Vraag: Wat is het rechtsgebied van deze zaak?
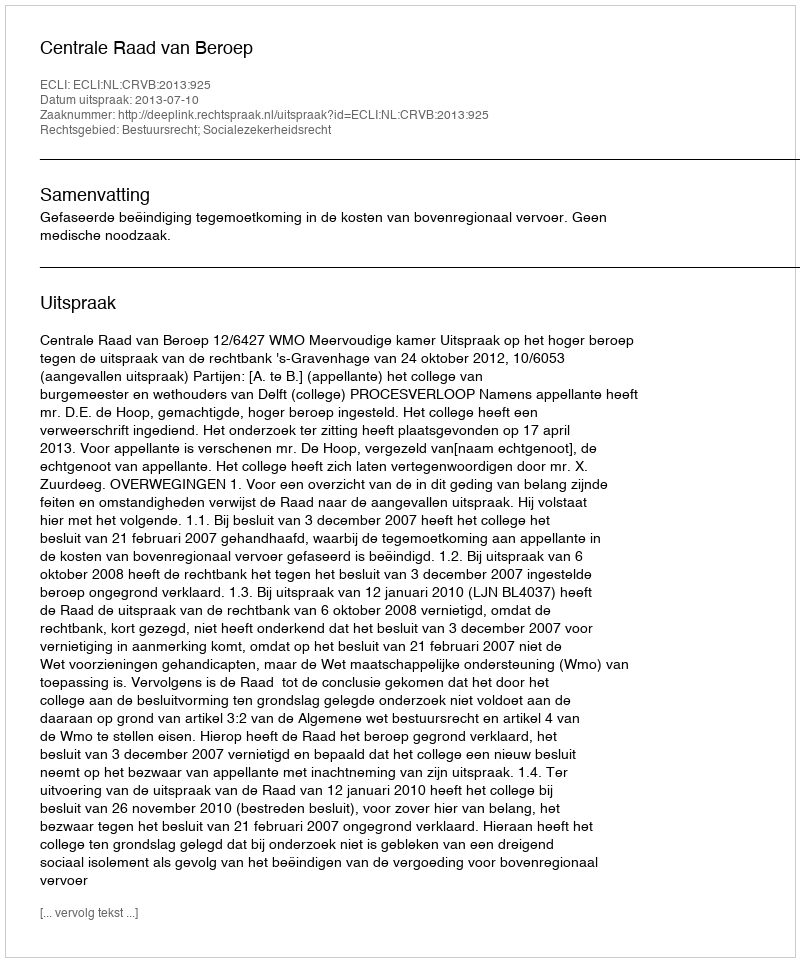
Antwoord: Bestuursrecht; Socialezekerheidsrecht